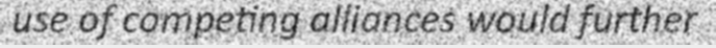
use of competing alliances would further